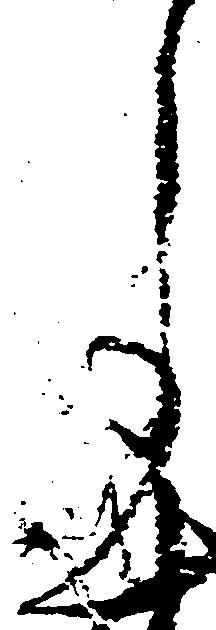
月